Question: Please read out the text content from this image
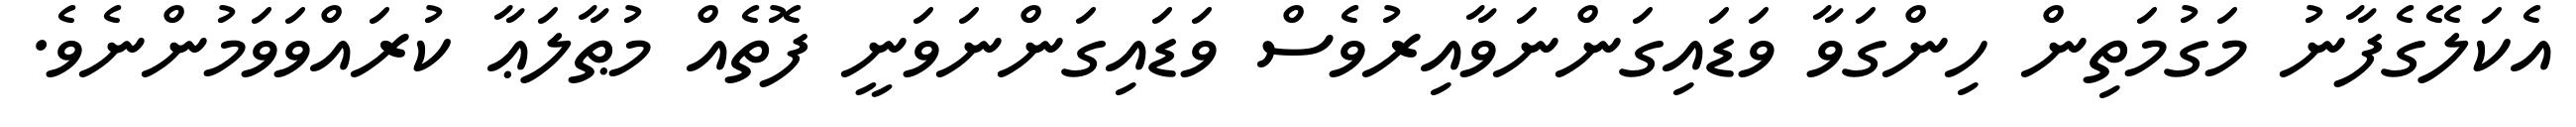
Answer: އެކަލޭގެފާނު މަގުމަތިން ހިންގަވާ ވަޑައިގަންނަވާއިރުވެސް ވަޑައިގަންނަވަނީ ފޮތެއް މުޠާލަޢާ ކުރައްވަވަމުންނެވެ.